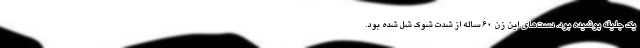
یک جلیقه پوشیده بود. دست‌های این زن ۶۰ ساله از شدت شوک شل شده بود.